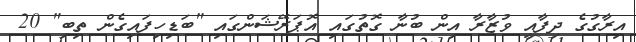
އިރާގުގެ ދިފާއީ ވުޒާރާ އިން ބުނާ ގޮތުގައި އޮޕަރޭޝަންގައި "ބަޑިހިފައިގެން ތިބި" 20